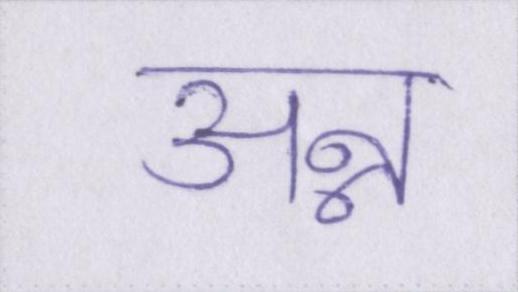
अन्न